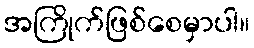
အကြိုက်ဖြစ်စေမှာပါ။